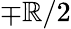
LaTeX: \mp\mathbb{R}/2